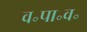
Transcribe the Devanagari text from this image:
व॰पा॰व॰